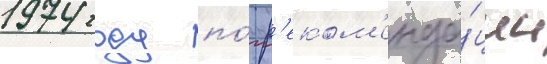
1974 году по́ р'еком'енда́ции